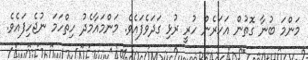
މަންމަ ބުނާ ގޮތުން އަހަރެން ހުރީ ރުޅި ގަދަވެފައެވެ. މަންމައާމެދު ހިތްހަމަ ނުޖެހިފައެވެ.